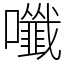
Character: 𡄑